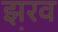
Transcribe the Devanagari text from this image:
झ़रव